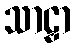
သာဠှာ